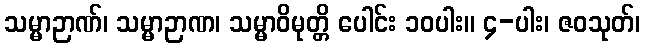
သမ္မာဉာဏ်၊ သမ္မာဉာဏ၊ သမ္မာဝိမုတ္တိ ပေါင်း ၁၀ပါး။ ၄-ပါး၊ ဇဝသုတ်၊